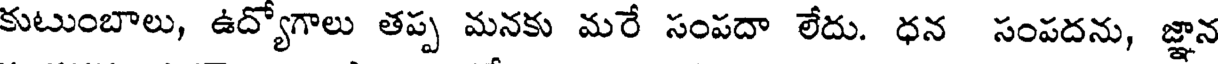
కుటుంబాలు, ఉద్యోగాలు తప్ప మనకు మరే సంపదా లేదు. ధన సంపదను, జ్ఞాన